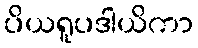
ပိယရူပဒါယိကာ